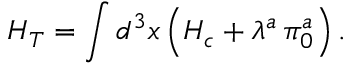
H _ { T } = \int d ^ { 3 } x \, \Bigl ( { \cal H } _ { c } + \lambda ^ { a } \, \pi _ { 0 } ^ { a } \Bigr ) \, .